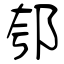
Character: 郀